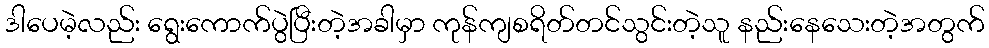
ဒါပေမဲ့လည်း ရွေးကောက်ပွဲပြီးတဲ့အခါမှာ ကုန်ကျစရိတ်တင်သွင်းတဲ့သူ နည်းနေသေးတဲ့အတွက်